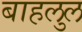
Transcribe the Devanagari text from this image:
बाहलुल